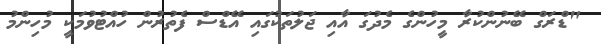
"ޑްރަގް ބޭނުންކުރާ މީހުންގެ މެދުގަ އާއި ޖަލުތަކުގައި އޭޑްސް ފެތުރުން ހުއްޓުވުމަކީ މުހިންމު